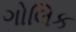
ગોલિક